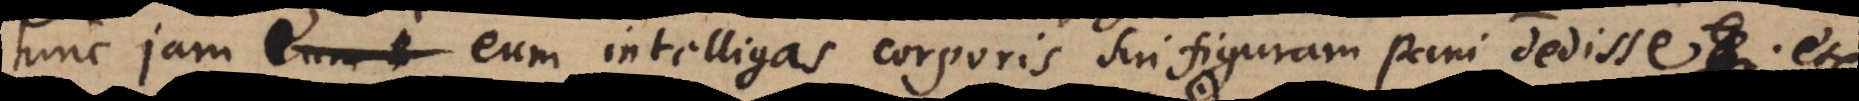
hinc jam eum intelligas corporis sui figuram pani dedisse et